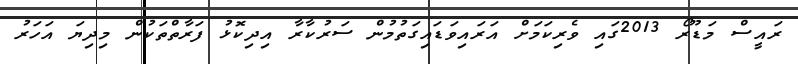
ރައީސް މަަޑޫރޯ 2013ގައި ވެރިކަމަށް އަރައިވަޑައިގަތުމުން ސަރުކާރާ އިދިކޮޅު ފަރާތްތަކުން މިދިޔަ އަހަރު